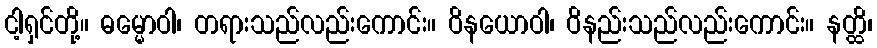
ငါ့ရှင်တို့။ ဓမ္မောဝါ၊ တရားသည်လည်းကောင်း။ ဝိနယောဝါ၊ ဝိနည်းသည်လည်းကောင်း။ နတ္ထိ၊